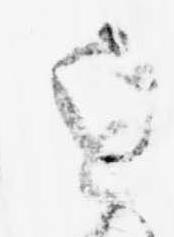
近